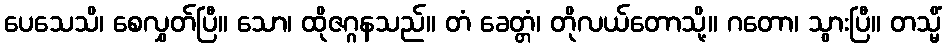
ပေသေသိ၊ စေလွှတ်ပြီ။ သော၊ ထိုဇဂ္ဂနသည်။ တံ ခေတ္တံ၊ တိုလယ်တောသို့။ ဂတော၊ သွားပြီ။ တသ္မိံ